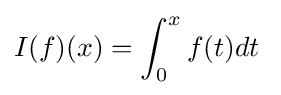
I(f)(x)=\int _{0}^{x}f(t)dt\;